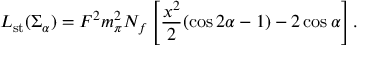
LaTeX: { \cal L } _ { \mathrm { s t } } ( \Sigma _ { \alpha } ) = F ^ { 2 } { m _ { \pi } ^ { 2 } } N _ { f } \left[ { \frac { x ^ { 2 } } { 2 } } ( \cos 2 \alpha - 1 ) - 2 \cos \alpha \right] .